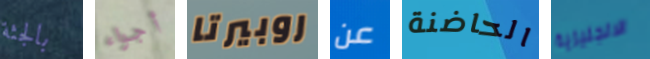
بالجثة أجواء روبيرتا عن الحاضنة الانجليزية